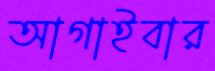
আগাইবার